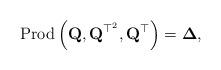
LaTeX: \begin{align*}\mbox{Prod}\left(\mathbf{Q},\mathbf{Q}^{\top^{2}},\mathbf{Q}^{\top}\right)=\boldsymbol{\Delta},\end{align*}